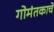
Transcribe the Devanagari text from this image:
गोमंतकाचे